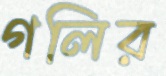
গলির